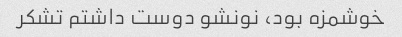
خوشمزه بود، نونشو دوست داشتم تشکر